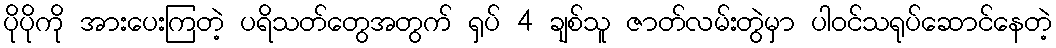
ပိုပိုကို အားပေးကြတဲ့ ပရိသတ်တွေအတွက် ရှပ် 4 ချစ်သူ ဇာတ်လမ်းတွဲမှာ ပါဝင်သရုပ်ဆောင်နေတဲ့